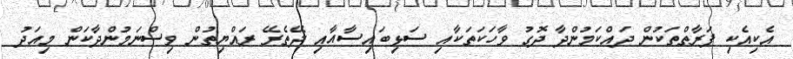
އެކިއެކި ފަރާތްތަކުން ދައްކަމުންދާ ދޮގު ވާހަކަތަކާއި ސަޅިބައިސާއާއި ދޭތެރޭ ރައްޔިތުން ވިސްނަމުންދާކަން މިއަދު